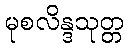
မုစလိန္ဒသုတ္တ